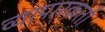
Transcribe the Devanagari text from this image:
व्यापारकर्ता